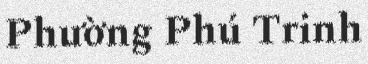
Phường Phú Trinh